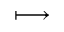
\longmapsto